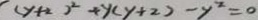
( y + 2 ) ^ { 2 } + y ( y + 2 ) - y ^ { 2 } = 0